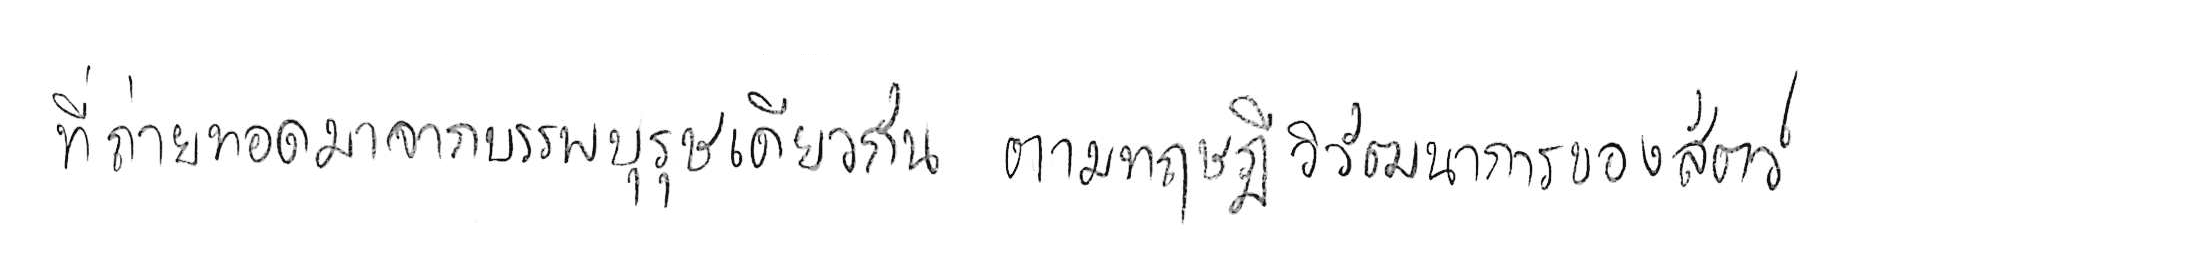
ที่ถ่ายทอดมาจากบรรพบุรุษเดียวกัน ตามทฤษฎีวิวัฒนาการของสัตว์